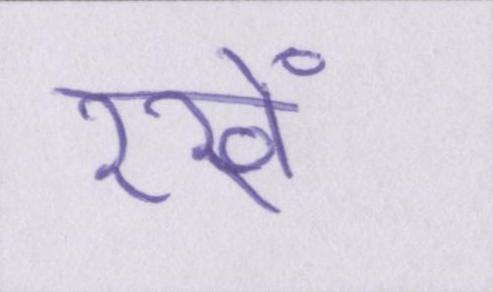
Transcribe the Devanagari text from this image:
रखें